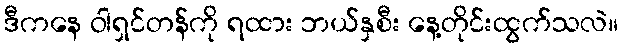
ဒီကနေ ဝါရှင်တန်ကို ရထား ဘယ်နှစီး နေ့တိုင်းထွက်သလဲ။